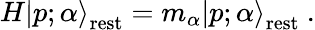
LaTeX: H|p;\left.\alpha\right\rangle_{\mathrm{rest}}=m_{\alpha}|p;\left.\alpha\right\rangle_{\mathrm{rest}}~.